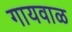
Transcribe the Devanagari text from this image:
गायवाळ